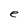
Character: e